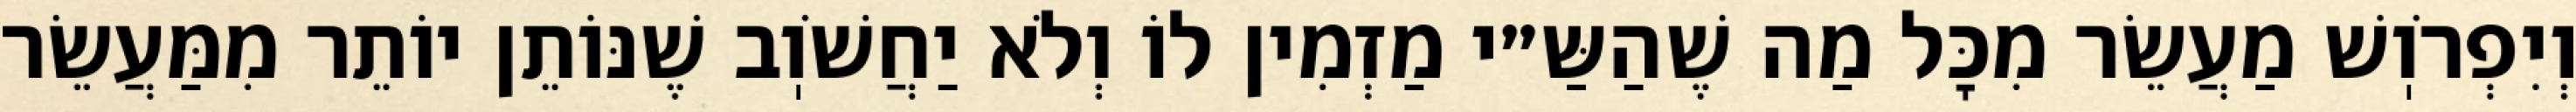
וְיִפְרֹוֽשׁ מַעֲשֵׂר מִכׇּל מַה שֶׁהַשַּ״י מַזְמִין לוֹ וְלֹא יַחֲשֹׁוֽב שֶׁנּוֹתֵן יוֹתֵר מִמַּעֲשֵׂר